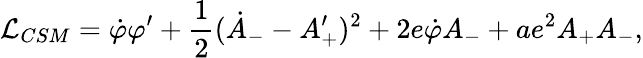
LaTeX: {\cal L}_{CSM}={\dot{\varphi}}\varphi^{\prime}+{\frac{1}{2}}({\dot{A}}_{-}-{A_{+}^{\prime}})^{2}+2e{\dot{\varphi}}A_{-}+ae^{2}A_{+}A_{-},